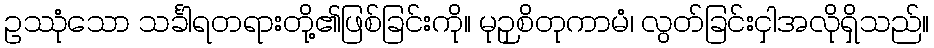
ဥဿုံသော သင်္ခါရတရားတို့၏ဖြစ်ခြင်းကို။ မုဉှစိတုကာမံ၊ လွတ်ခြင်းငှါအလိုရှိသည်။